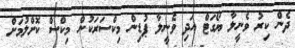
ދެން ކިރު ވެނީލާ ޔޯގަޓް އަދި ވެނީލާ ޕުޑިން މިކްސަރަކުން މިކްސް ކޮށްލުމަށް